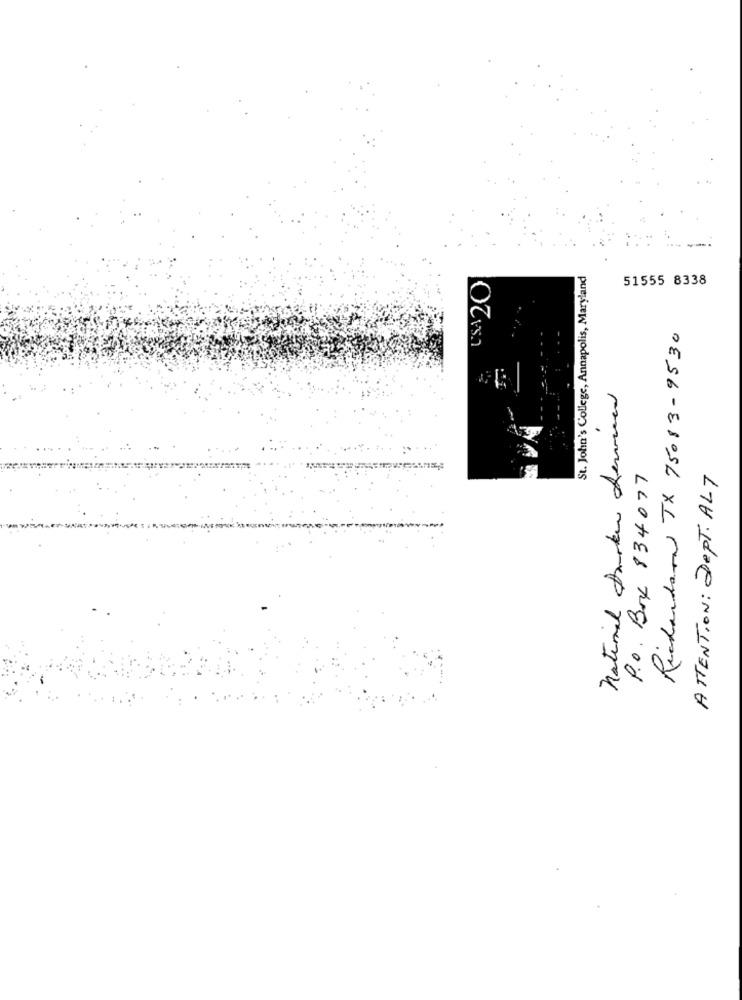
St. John's College, Annapolis, Maryland
51555 8338
Richardson TX 75083-9530
National Darker Serviced
P.o. Box 834077
ATTENTION: Dept. ALT